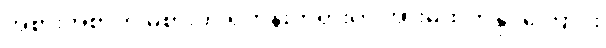
အစားအစာကို မစားဘဲ ရဟန်းတရားကို အားမထုတ်နိုင်ကြောင်း